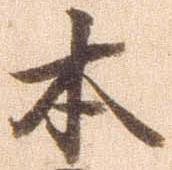
本